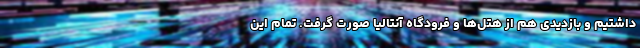
داشتیم و بازدیدی هم از هتل‌ها و فرودگاه آنتالیا صورت گرفت. تمام این